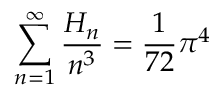
\sum _ { n = 1 } ^ { \infty } { \frac { H _ { n } } { n ^ { 3 } } } = { \frac { 1 } { 7 2 } } \pi ^ { 4 }